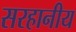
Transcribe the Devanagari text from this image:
सरहानीय